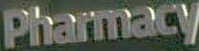
Pharmacy